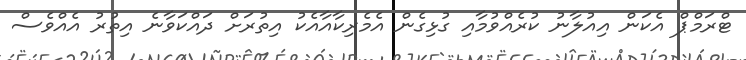
ޓްރަމްޕް އެކަން އިއުލާނު ކުރެއްވުމާއި ގުޅިގެން އެމެރިކާއާއެކު އިތުރަށް ދައްކަވާނެ އިތުރު އެއްވެސް